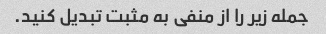
جمله زیر را از منفی به مثبت تبدیل کنید.